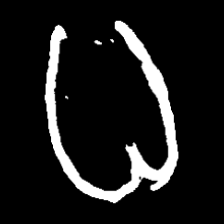
Pyu character \u2014 Myanmar letter: ဓ (romanized: dha)